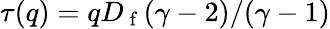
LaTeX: \tau(q)=qD_{\mathrm{~f~}}(\gamma-2)/(\gamma-1)